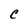
Character: c